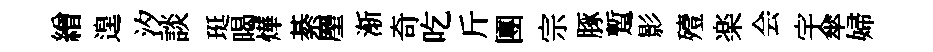
繒遑汐談珽暍燁綦麈渐奇吃斤團宗䐁蹔影殪楽会宇傘婦